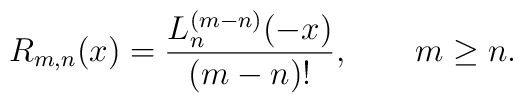
R_{m,n}(x) =\frac {L_n^{(m-n)}(-x)}{(m-n)!},\qquad m\ge n.